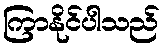
ကြာနိုင်ပါသည်